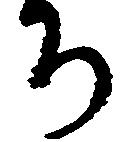
ち